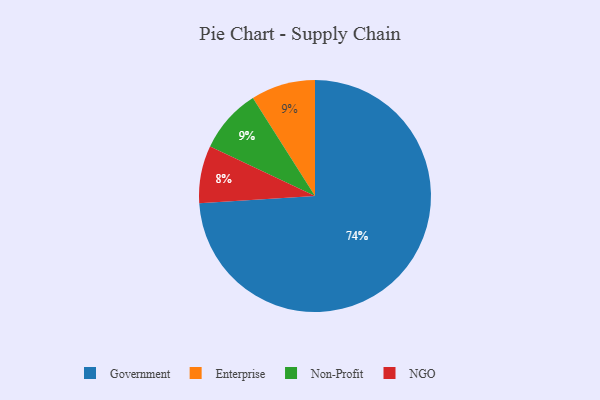
{"axis": {"x": "Category", "y": "Percentage"}, "legend": ["Enterprise", "Government", "NGO", "Non-Profit"], "data": [{"x": "Enterprise", "y": 9, "type": "Enterprise"}, {"x": "Government", "y": 74, "type": "Government"}, {"x": "NGO", "y": 8, "type": "NGO"}, {"x": "Non-Profit", "y": 9, "type": "Non-Profit"}]}